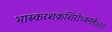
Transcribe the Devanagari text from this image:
भास्करशक्रशिरोऽवनते॥३॥